Source: Handwritten
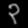
Digit: ၃ (3)